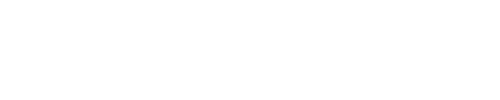
\fbox { \displaystyle \partial _ { z } \partial _ { \bar { z } } \chi _ { n } + \frac { 1 } { 2 } \left[ \partial _ { \varphi } ^ { 2 } V ( \varphi _ { 0 } ) \right] \chi _ { n } = \widetilde { \mathrm { I n h } } \left( \chi _ { 0 } , \ldots , \chi _ { n - 1 } \right) , }